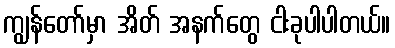
ကျွန်တော်မှာ အိတ် အနက်တွေ ငါးခုပါပါတယ်။